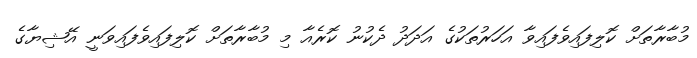
މުބާރާތަށް ކޮލިފައިވެފައިވާ އަހަރުތަކުގެ އަދަދު ދެކުނު ކޮރެއާ މި މުބާރާތަށް ކޮލިފައިވެފައިވަނީ އޭޝިޔާގެ